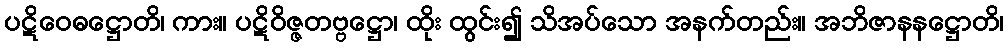
ပဋိဝေဓဋ္ဌောတိ၊ ကား။ ပဋိဝိဇ္ဇတဗ္ဗဋ္ဌော၊ ထိုး ထွင်း၍ သိအပ်သော အနက်တည်း။ အဘိဇာနနဋ္ဌောတိ၊